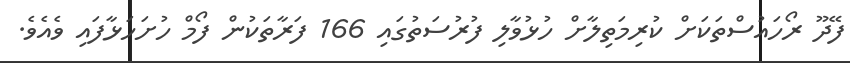
ފޭދޫ ރޯހައުސްތަކަށް ކުރިމަތިލާށް ހުޅުވާލި ފުރުސަތުގައި 166 ފަރާތަކުން ފޯމް ހުށަހަޅާފައި ވެއެވެ.